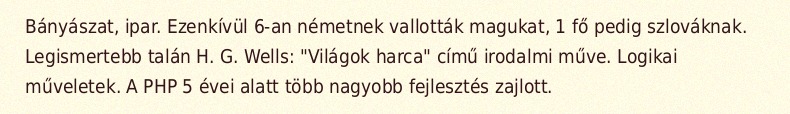
Bányászat, ipar. Ezenkívül 6-an németnek vallották magukat, 1 fő pedig szlováknak. Legismertebb talán H. G. Wells: "Világok harca" című irodalmi műve. Logikai műveletek. A PHP 5 évei alatt több nagyobb fejlesztés zajlott.